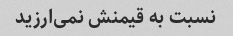
نسبت به قیمنش نمی‌ارزید